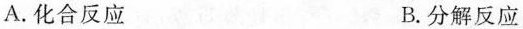
A.化合反应 B.分解反应